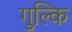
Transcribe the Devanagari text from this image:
गुल्कि